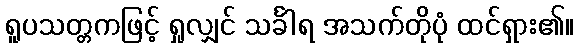
ရူပသတ္တကဖြင့် ရှုလျှင် သင်္ခါရ အသက်တိုပုံ ထင်ရှား၏။